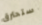
ستحترق